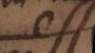
es